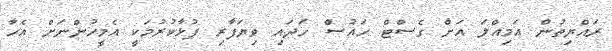
ރައްޔިތުން އަމިއްލަ އަށް ގެސްޓް ހައުސް ހަދައި ވިޔަފާރި ފުޅާކުރުމަކީ އެމީހުންނަށް އެހާ